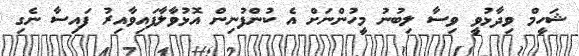
ޝަހީމް ވިދާޅުވީ ވިސާ ލިބުނު މީހުންނަށް އެ ކުންފުނިން އޮޅުވާލާފައިވާއިރު ފައިސާ ނެގި